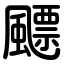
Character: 飃